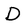
Character: D